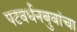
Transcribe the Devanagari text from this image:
पटवर्धनबुवांचा